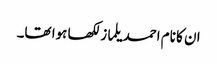
ان کا نام احمد یلماز لکھا ہوا تھا۔